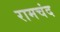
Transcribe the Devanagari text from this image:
रामचंद